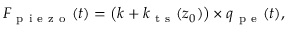
F _ { \mathrm { ~ p ~ i ~ e ~ z ~ o ~ } } ( t ) = \big ( k + k _ { \mathrm { ~ t ~ s ~ } } ( z _ { 0 } ) \big ) \times q _ { \mathrm { ~ p ~ e ~ } } ( t ) ,